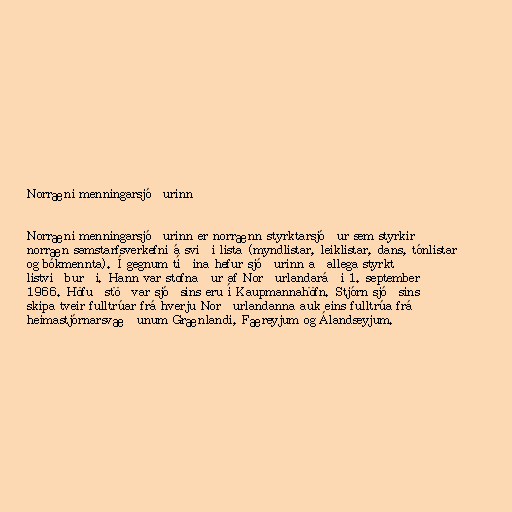
Norræni menningarsjóðurinn

Norræni menningarsjóðurinn er norrænn styrktarsjóður sem styrkir
norræn samstarfsverkefni á sviði lista (myndlistar, leiklistar, dans, tónlistar
og bókmennta). Í gegnum tíðina hefur sjóðurinn aðallega styrkt
listviðburði. Hann var stofnaður af Norðurlandaráði 1. september
1966. Höfuðstöðvar sjóðsins eru í Kaupmannahöfn. Stjórn sjóðsins
skipa tveir fulltrúar frá hverju Norðurlandanna auk eins fulltrúa frá
heimastjórnarsvæðunum Grænlandi, Færeyjum og Álandseyjum.